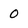
Character: 0